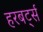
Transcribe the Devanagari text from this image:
हरबर्ट्स